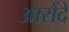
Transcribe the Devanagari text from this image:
आरोंदे